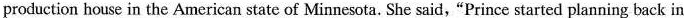
production house in the American state of Minnesota. She said,"Prince started planning back in